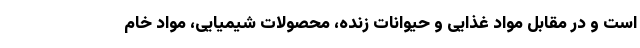
است و در مقابل مواد غذایی و حیوانات زنده، محصولات شیمیایی، مواد خام